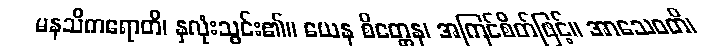
မနသိကရောတိ၊ နှလုံးသွင်း၏။ ယေန စိတ္တေန၊ အကြင်စိတ်ဖြင့်။ အာသေဝတိ၊